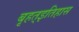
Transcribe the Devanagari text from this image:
बृहत्इतिहास